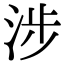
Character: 涉